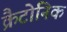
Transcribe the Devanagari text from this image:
क्रैटोनिक